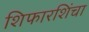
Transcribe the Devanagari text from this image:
शिफारशिंचा